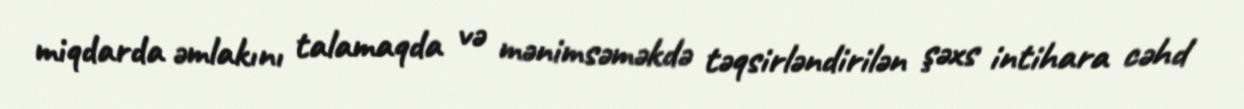
miqdarda əmlakını talamaqda və mənimsəməkdə təqsirləndirilən şəxs intihara cəhd